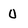
Character: 0